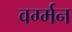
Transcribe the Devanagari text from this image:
वर्ग्मन